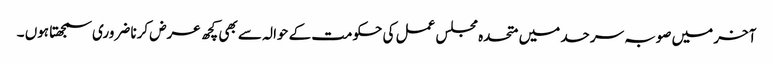
آخر میں صوبہ سرحد میں متحدہ مجلس عمل کی حکومت کے حوالہ سے بھی کچھ عرض کرنا ضروری سمجھتا ہوں ۔